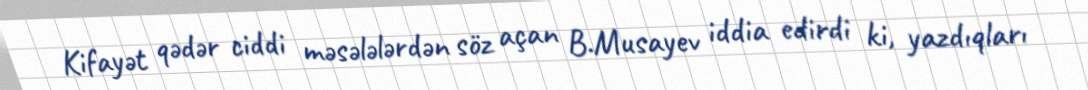
Kifayət qədər ciddi məsələlərdən söz açan B.Musayev iddia edirdi ki, yazdıqları